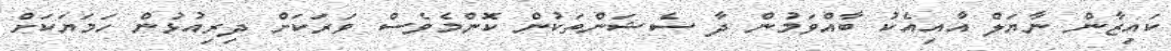
ކައިޒާން ނާޔަލް އާއިއެކު ބާއްވަމުން ދާ ސެޝަންތަކުން ކޮންމެވެސް ވަރަކަށް ދިރިއުޅުން ހަމަޔަކަށް